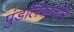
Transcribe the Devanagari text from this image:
पुंडलिकाचेनि